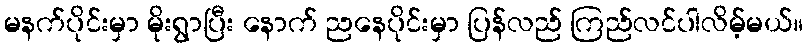
မနက်ပိုင်းမှာ မိုးရွာပြီး နောက် ညနေပိုင်းမှာ ပြန်လည် ကြည်လင်ပါလိမ့်မယ်။